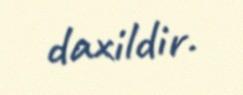
daxildir.